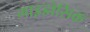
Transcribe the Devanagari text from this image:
गाइडोसिक